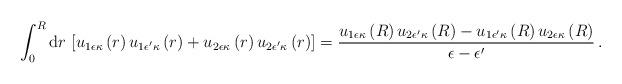
LaTeX: \begin{align*}\int_0^R{\rm d}r\,\left[u_{1\epsilon\kappa}\left(r\right)u_{1\epsilon'\kappa}\left(r\right)+u_{2\epsilon\kappa}\left(r\right)u_{2\epsilon'\kappa}\left(r\right)\right]=\frac{u_{1\epsilon\kappa}\left(R\right)u_{2\epsilon'\kappa}\left(R\right)-u_{1\epsilon'\kappa}\left(R\right)u_{2\epsilon\kappa}\left(R\right)}{\epsilon-\epsilon'}\,.\end{align*}